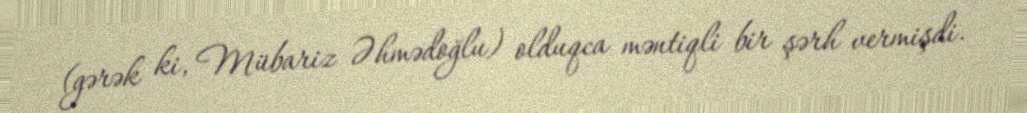
(gərək ki, Mübariz Əhmədoğlu) olduqca məntiqli bir şərh vermişdi.